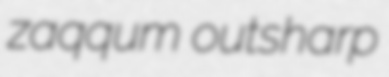
zaqqum outsharp